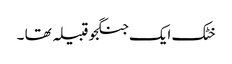
خٹک ایک جنگجو قبیلہ تھا ۔